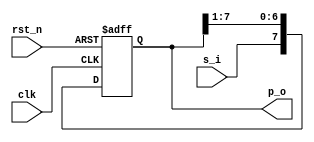
module shiftreg #(parameter n = 8)(clk,rst_n,s_i,p_o);
    input clk,rst_n,s_i;
    output reg [n-1:0] p_o;

    reg [n-1:0] p_next;

    always @(posedge clk,negedge rst_n)
        begin
            if(!rst_n)
                p_o<=0;
            else
                p_o<=p_next;
        end
    
    assign p_next={s_i,p_o[n-1:1]};

endmodule